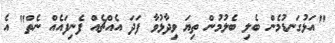
"އަޅުގަނޑުމެން ބެލި ބެލުމުން ތިޔަ ވިދާޅުވާ ފަދަ އެއްޗެއް ފެނިފައެއް ނެތް" އެ